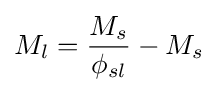
M_{l}={\frac {M_{s}}{\phi _{sl}}}-M_{s}